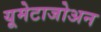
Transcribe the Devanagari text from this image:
यूमेटाजोअन